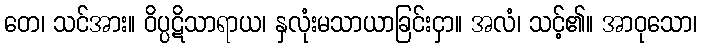
တေ၊ သင်အား။ ဝိပ္ပဋိသာရာယ၊ နှလုံးမသာယာခြင်းငှာ။ အလံ၊ သင့်၏။ အာဝုသော၊